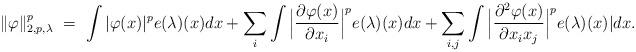
LaTeX: \begin{align*}\| \varphi \|^p_{2, p, \lambda} \ = \ \int | \varphi(x)|^p e(\lambda)(x) dx + \sum_i \int \Big| \frac{\partial \varphi(x)}{\partial x_i} \Big|^p e(\lambda)(x) dx + \sum_{i,j} \int \Big| \frac{\partial^2 \varphi(x)}{\partial x_i x_j} \Big|^pe(\lambda)(x)| dx.\end{align*}